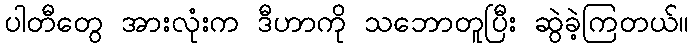
ပါတီတွေ အားလုံးက ဒီဟာကို သဘောတူပြီး ဆွဲခဲ့ကြတယ်။